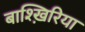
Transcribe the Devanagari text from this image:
बाश्ख़िरिया